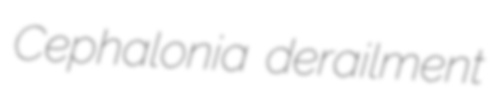
Cephalonia derailment